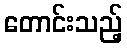
တောင်းသည့်